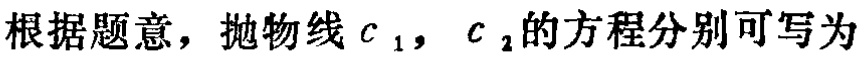
根据题意，抛物线\(c_{1}\)，\(c_{2}\)的方程分别可写为